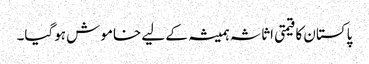
پاکستان کا قیمتی اثاثہ ہمیشہ کے لیے خاموش ہوگیا۔